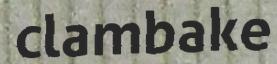
clambake